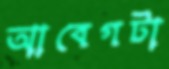
আবেগটা